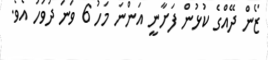
ޒޯން ދޭއްގެ ކުޅުން ފަށާނީ އަންނަ މަހު 6 ވަނަ ދުވަހު އެވެ.